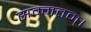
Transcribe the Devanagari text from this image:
सम्मतम्।